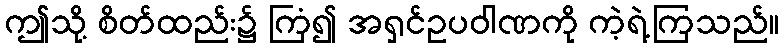
ဤသို့ စိတ်ထည်း၌ ကြံ၍ အရှင်ဥပဝါဏကို ကဲ့ရဲ့ကြသည်။